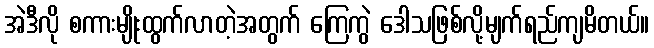
အဲဒီလို စကားမျိုးထွက်လာတဲ့အတွက် ကြေကွဲ ဒေါသဖြစ်လို့မျက်ရည်ကျမိတယ်။